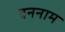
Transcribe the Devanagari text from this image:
वननाम